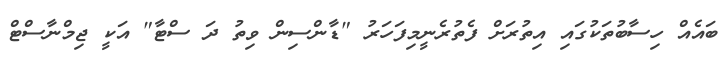
ބައެއް ހިސާބުތަކުގައި އިތުރަށް ފެތުރެނީމިފަހަރު "ޑާންސިން ވިތު ދަ ސްޓާ" އަކީ ޖިމްނާސްޓް